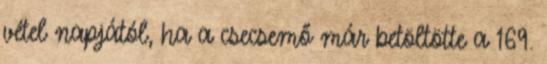
vétel napjától, ha a csecsemő már betöltötte a 169.